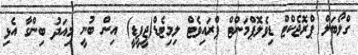
ގްލޯބަލް ޕްރޮޖެކްޓް ޑިވެލޮޕްމަންޓް ޕްރައިވެޓް ލިމިޓެޑް(ޖީޕީޑީ) އިން ބުނީ މިއަދު ބިންގާ އެޅި